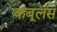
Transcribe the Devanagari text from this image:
कबूलस